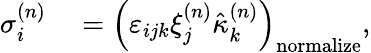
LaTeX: \begin{array}{rl}{\sigma_{i}^{(n)}}&{{}=\left(\varepsilon_{ijk}\xi_{j}^{(n)}\hat{\kappa}_{k}^{(n)}\right)_{\mathrm{normalize}},}\end{array}